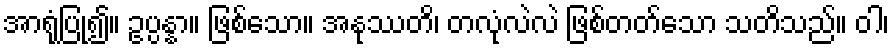
အာရုံပြု၍။ ဥပ္ပန္နာ။ ဖြစ်သော။ အနုဿတိ၊ တလုံလဲလဲ ဖြစ်တတ်သော သတိသည်။ ဝါ၊